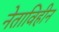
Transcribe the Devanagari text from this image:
नेताविहीन